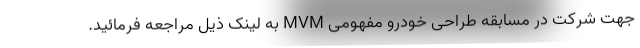
جهت شرکت در مسابقه طراحی خودرو مفهومی MVM به لینک ذیل مراجعه فرمائید.